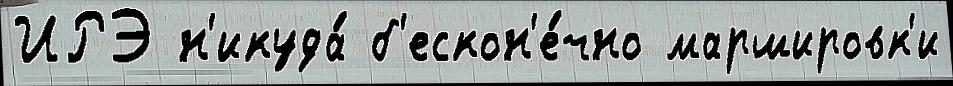
ИРЭ н'икуда́ б'ескон'е́чно маршировк'и